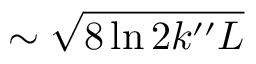
\sim \sqrt { 8 \ln { 2 } k ^ { \prime \prime } L }